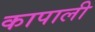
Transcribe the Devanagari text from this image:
कापाली